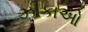
ઝીકાઓ